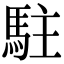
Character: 駐